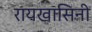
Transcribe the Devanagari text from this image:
रायखासिनी